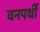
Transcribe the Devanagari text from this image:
वनपर्थी